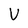
Character: V